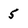
Character: 5